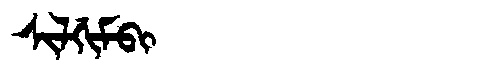
Manchu: ᠰᡳᠯᡤᡳᠮᠪᡳ
Romanization: SILGIMBI